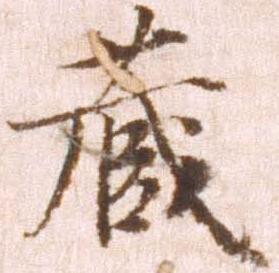
蔵